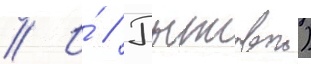
// И́ // Пыжовои)